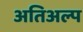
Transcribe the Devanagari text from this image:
अतिअल्प